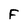
Character: F